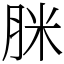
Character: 脒